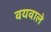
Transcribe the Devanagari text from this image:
वयवाले